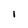
Character: l